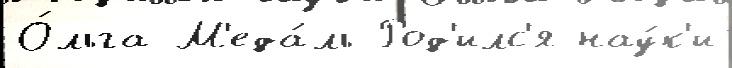
О́льга М'еда́ль Род'илс'я нау́к'и